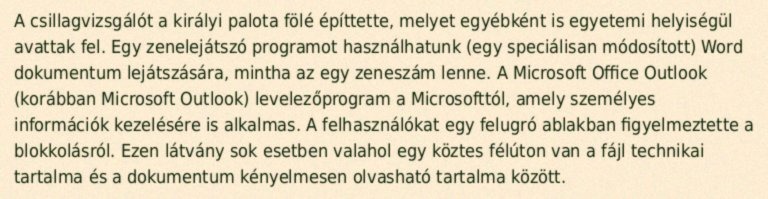
A csillagvizsgálót a királyi palota fölé építtette, melyet egyébként is egyetemi helyiségül avattak fel. Egy zenelejátszó programot használhatunk (egy speciálisan módosított) Word dokumentum lejátszására, mintha az egy zeneszám lenne. A Microsoft Office Outlook (korábban Microsoft Outlook) levelezőprogram a Microsofttól, amely személyes információk kezelésére is alkalmas. A felhasználókat egy felugró ablakban figyelmeztette a blokkolásról. Ezen látvány sok esetben valahol egy köztes félúton van a fájl technikai tartalma és a dokumentum kényelmesen olvasható tartalma között.